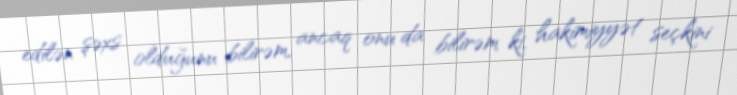
edilən şəxs olduğunu bilirəm, ancaq onu da bilirəm ki, hakimiyyət seçkini